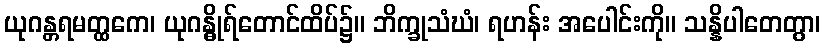
ယုဂန္တရမတ္ထကေ၊ ယုဂန္ဓိုရ်တောင်ထိပ်၌။ ဘိက္ခုသံဃံ၊ ရဟန်း အပေါင်းကို။ သန္နိပါတေတွာ၊